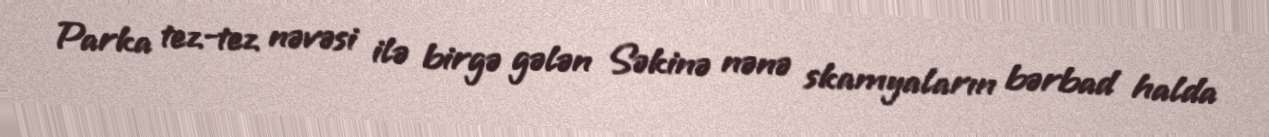
Parka tez-tez nəvəsi ilə birgə gələn Səkinə nənə skamyaların bərbad halda